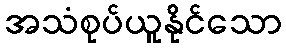
အသံစုပ်ယူနိုင်သော